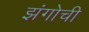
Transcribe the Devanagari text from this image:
झंगोची